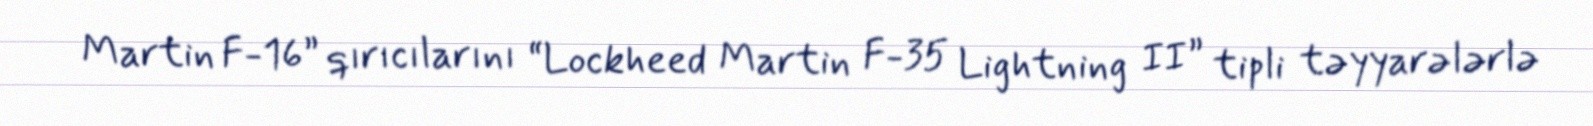
Martin F-16” qırıcılarını “Lockheed Martin F-35 Lightning II” tipli təyyarələrlə